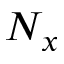
N _ { x }